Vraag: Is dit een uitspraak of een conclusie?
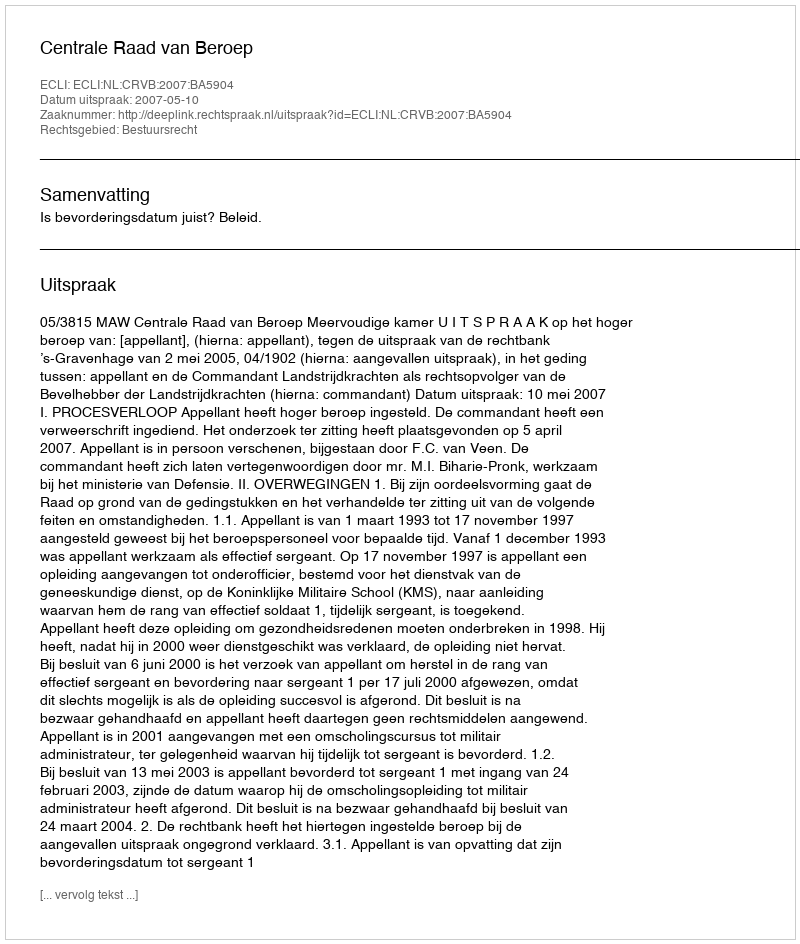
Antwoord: Uitspraak